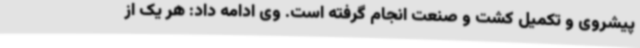
پیشروی و تکمیل کشت و صنعت‌ انجام گرفته است. وی ادامه داد: هر یک از